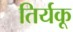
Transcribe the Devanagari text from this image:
तिर्यकू